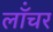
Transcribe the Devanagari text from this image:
लॉंचर